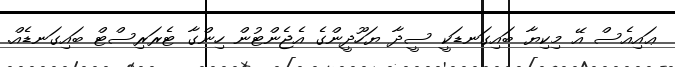
ޢައިއެސް އޭ މިކިޔާ ބައިގަނޑަކީ ސީދާ ޔަހޫދީންގެ އެޖެންޓުން ހިންގާ ޓެރަރިސްޓް ބައިގަނޑެއް.